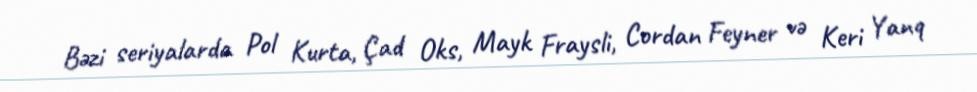
Bəzi seriyalarda Pol Kurta, Çad Oks, Mayk Fraysli, Cordan Feyner və Keri Yanq